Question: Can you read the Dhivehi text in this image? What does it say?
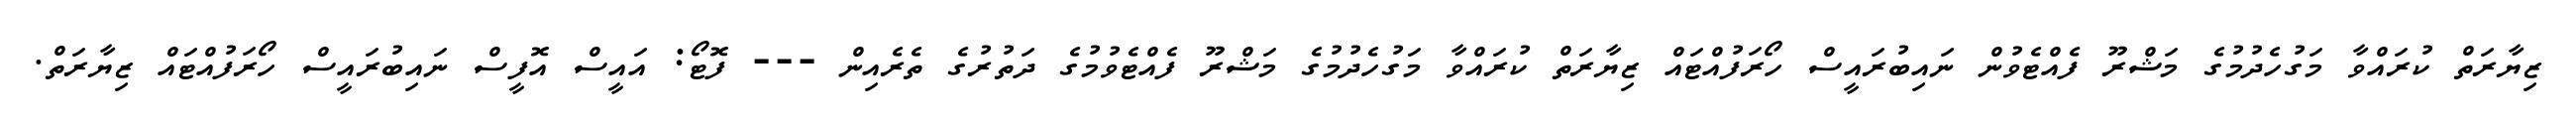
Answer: ޒިޔާރަތް ކުރައްވާ މަގުހެދުމުގެ މަޝްރޫ ފެއްޓެވުން ނައިބުރައީސް ހޯރަފުއްޓައް ޒިޔާރަތް ކުރައްވާ މަގުހެދުމުގެ މަޝްރޫ ފެއްޓެވުމުގެ ދަތުރުގެ ތެރެއިން --- ފޮޓޯ: އައީސް އޮފީސް ނައިބުރައީސް ހޯރަފުއްޓައް ޒިޔާރަތް.